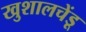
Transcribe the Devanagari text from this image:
खुशालचेंडू